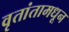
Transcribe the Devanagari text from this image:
वृतांतामधून